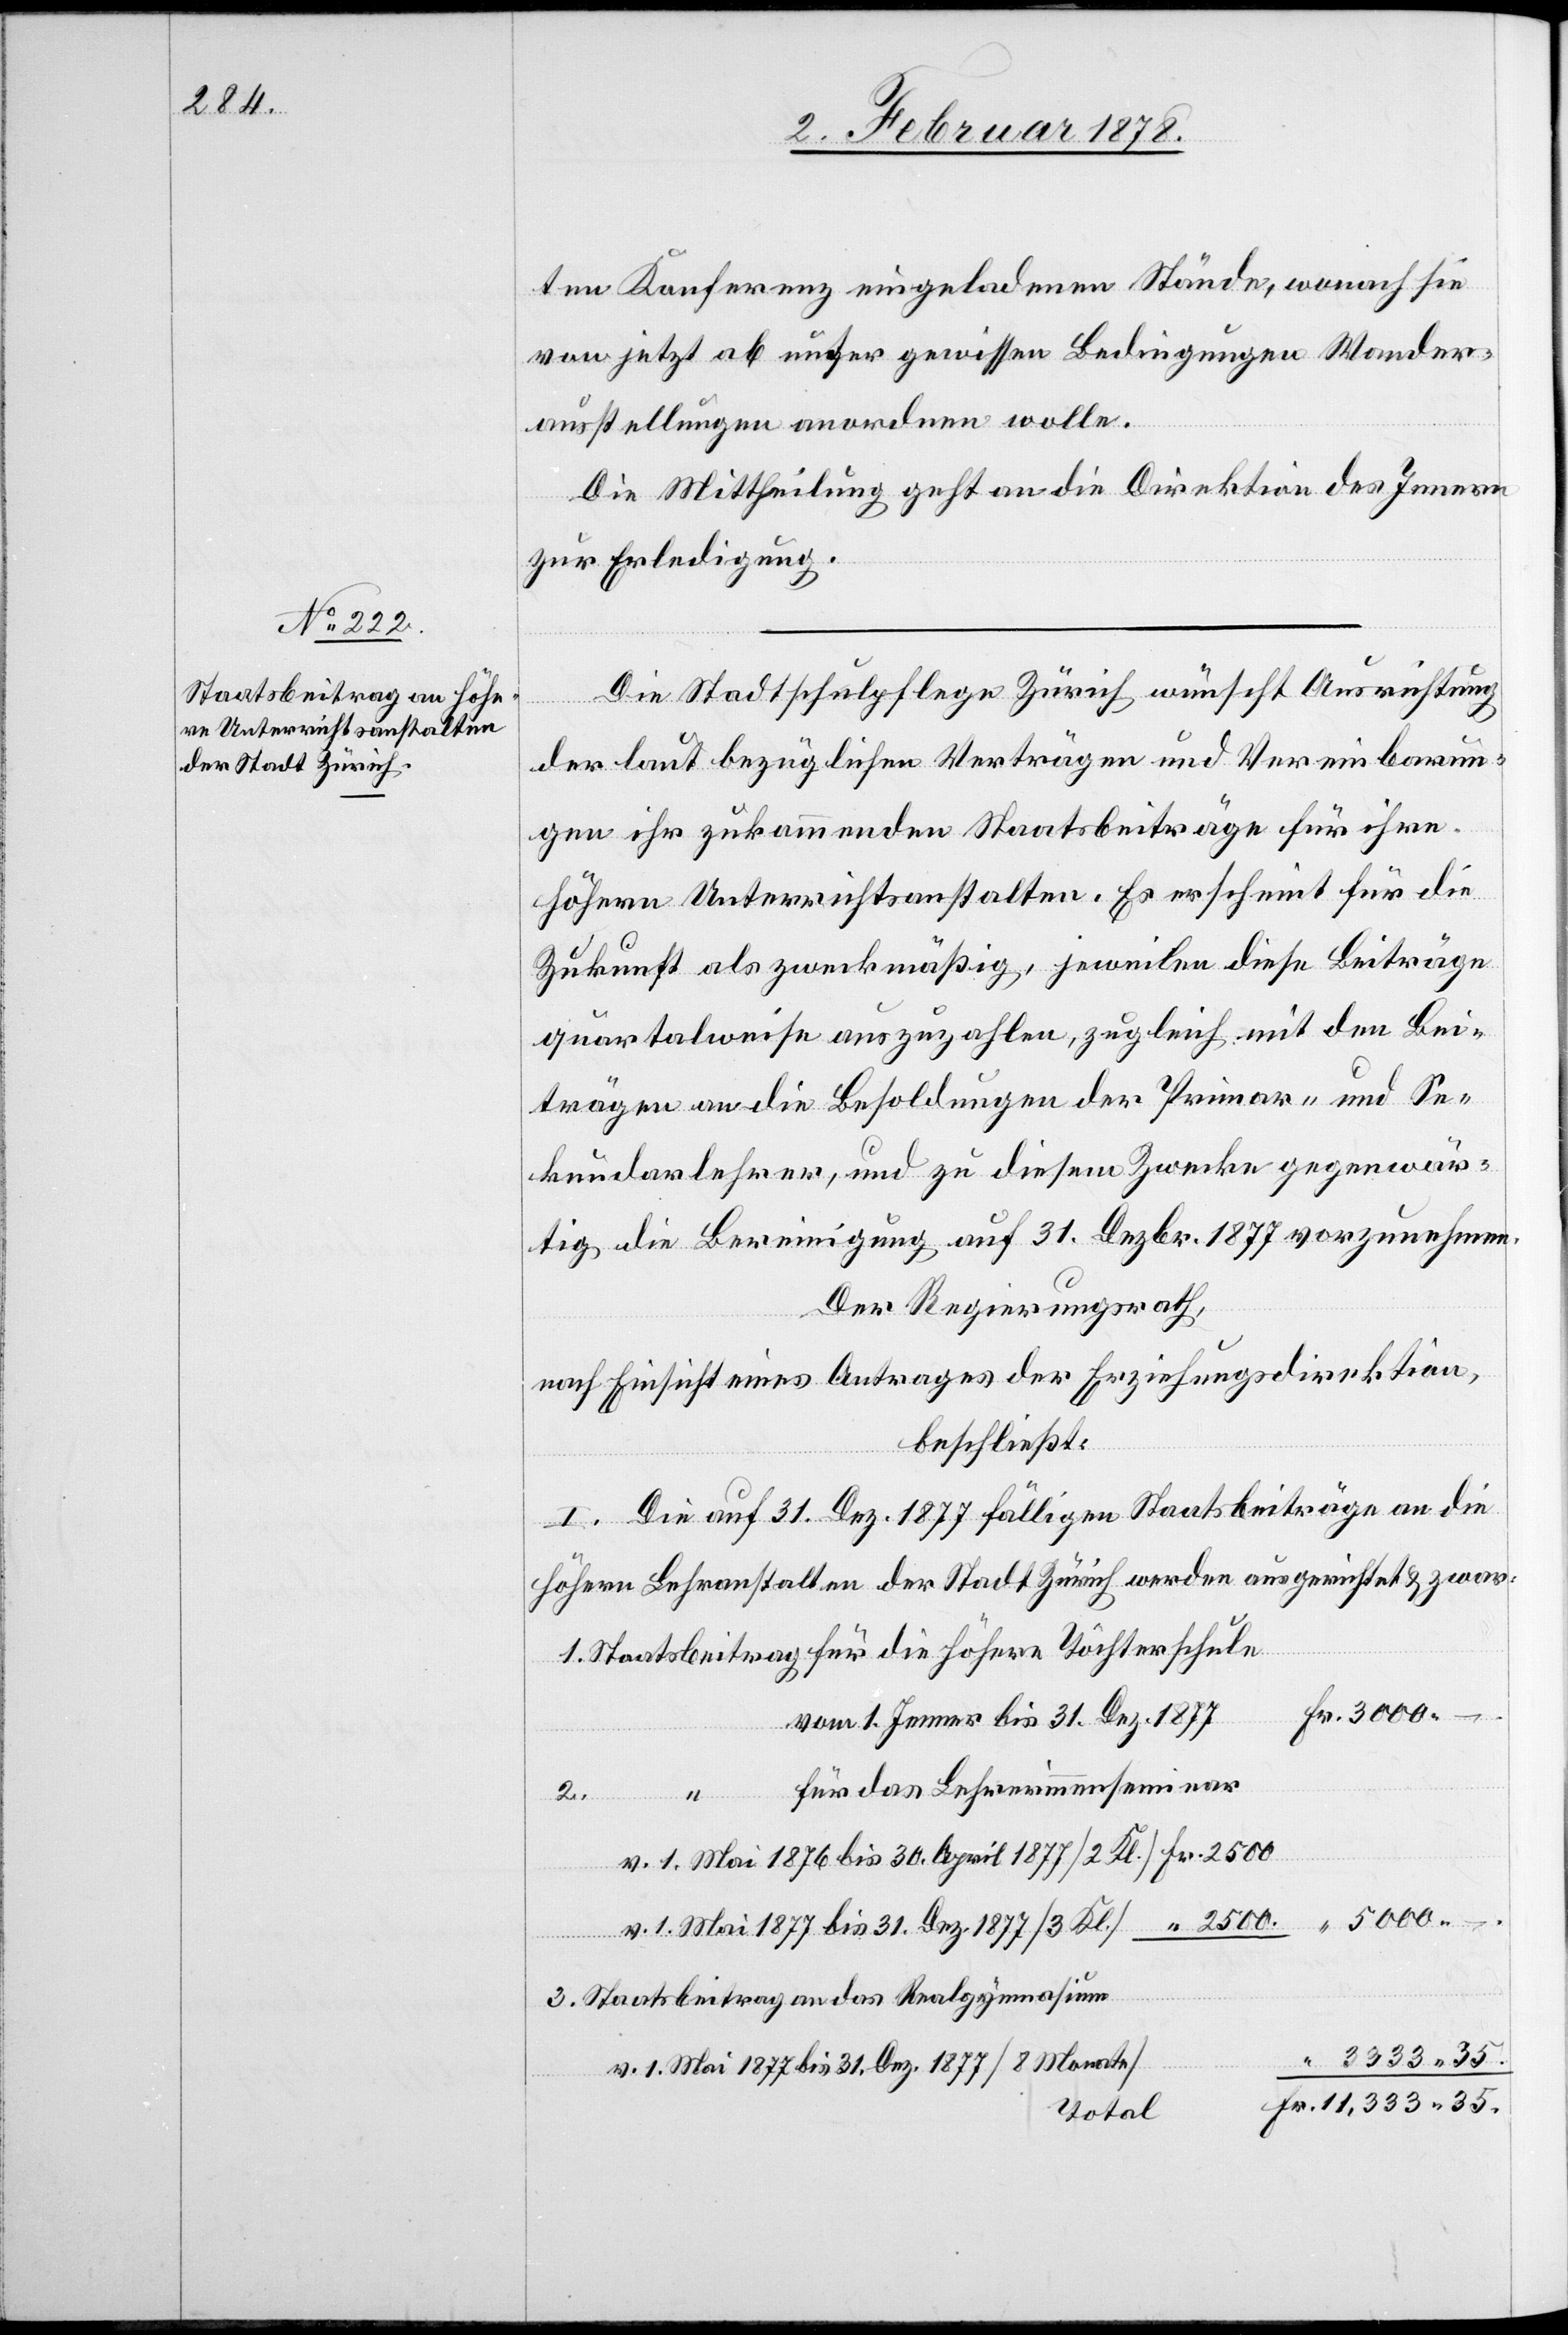
ten Konferenz eingeladenen Stände, wonach sie
von jetzt ab unter gewissen Bedingungen Wander¬
ausstellungen anordnen wolle.
Die Mittheilung geht an die Direktion des Innern
zur Erledigung.
Die Stadtschulpflege Zürich wünscht Ausrichtung
der laut bezüglichen Verträgen und Vereinbarun¬
gen ihr zukommenden Staatsbeiträge für ihre
höheren Unterrichtsanstalten. Es erscheint für die
Zukunft als zweckmäßig, jeweilen diese Beiträge
quartalweise auszuzahlen, zugleich mit den Bei¬
trägen an die Besoldungen der Primar- und Se¬
kundarlehrer, und zu diesem Zwecke gegenwär¬
tig die Bereinigung auf 31. Dezbr. 1877 vorzunehmen.
Der Regierungsrath,
nach Einsicht eines Antrages der Erziehungsdirektion,
beschließt:
I. Die auf 31. Dez. 1877 fälligen Staatsbeiträge an die
höhern Lehranstalten der Stadt Zürich werden ausgerichtet & zwar:
1. Staatsbeitrag für die höhere Töchterschule
Fr. 3000.–.
vom 1. Jenner bis 31. Dez. 1877
“ für das Lehrerinnenseminar
2.
v. 1. Mai 1876 bis 30. April 1877 (2. Kl.) Fr. 2500
v. 1. Mai 1877 bis 31. Dez. 1877 (3. Kl) “ 2500
3. Staatsbeitrag an das Realgymnasium
“ 3333. 35.
v. 1. Mai 1877 bis 31. Dez. 1877 (8 Monate)
Fr. 11,333. 35.
Total